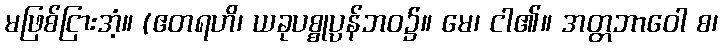
မဖြစ်ငြားအံ့။ (ဧတရဟိ၊ ယခုပစ္စုပ္ပန်ဘဝ၌။ မေ၊ ငါ၏။ အတ္တဘာဝေါ စ၊